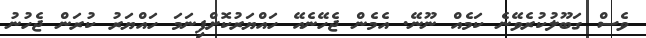
ވެސް ގަބޫލުކުރެވޭނެ ކަމެއް ނޫނޭ. އެމެން ޖެހޭނެއޭ ހައްޔަރުކޮށްފިނަމަ ހައްޔަރު ކުރަން ޖެހުނު